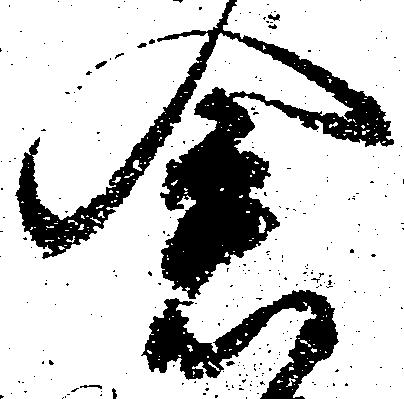
倉